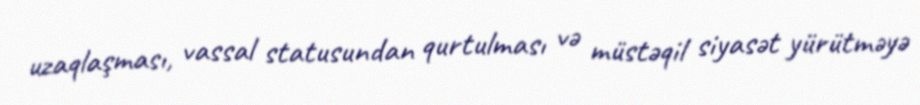
uzaqlaşması, vassal statusundan qurtulması və müstəqil siyasət yürütməyə